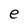
Character: e